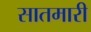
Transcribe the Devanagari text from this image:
सातमारी